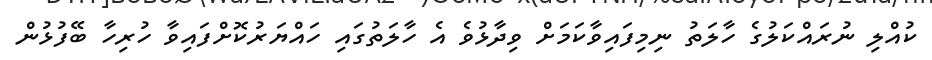
ކުއްލި ނުރައްކަލުގެ ހާލަތު ނިމިފައިވާކަމަށް ވިދާޅުވެ އެ ހާލަތުގައި ހައްޔަރުކޮށްފައިވާ ހުރިހާ ބޭފުޅުން